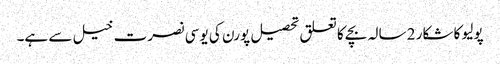
پولیو کا شکار 2 سالہ بچے کا تعلق تحصیل پورن کی یو سی نصرت خیل سے ہے۔